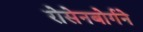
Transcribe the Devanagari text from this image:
रोसेनबोर्गने